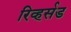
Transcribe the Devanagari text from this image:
रिव्हर्सड